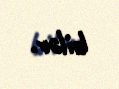
bilər.